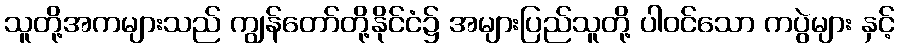
သူတို့အကများသည် ကျွန်တော်တို့နိုင်ငံ၌ အများပြည်သူတို့ ပါဝင်သော ကပွဲများ နှင့်